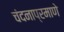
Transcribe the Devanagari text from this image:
चंदनाप्रमाणे